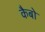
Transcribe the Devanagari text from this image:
कैबो